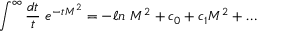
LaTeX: \int ^ { \infty } { \frac { d t } { t } } \ e ^ { - t M ^ { 2 } } = - \ell n \ M ^ { 2 } + c _ { 0 } + c _ { 1 } M ^ { 2 } + \dots